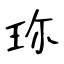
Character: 珎